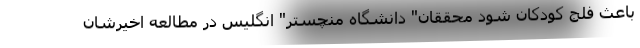
باعث فلج کودکان شود محققان" دانشگاه منچستر" انگلیس در مطالعه اخیرشان